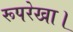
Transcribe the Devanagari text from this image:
रूपरेखा।